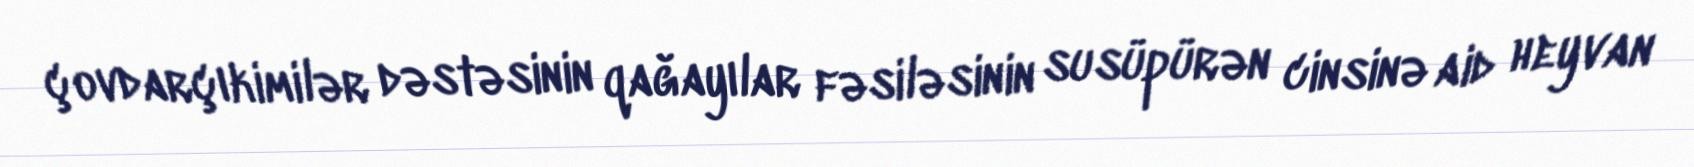
çovdarçıkimilər dəstəsinin qağayılar fəsiləsinin susüpürən cinsinə aid heyvan